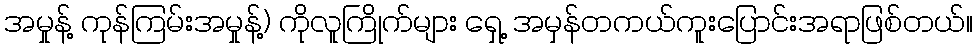
အမှုန့် ကုန်ကြမ်းအမှုန့်) ကိုလူကြိုက်များ ရှေ့ အမှန်တကယ်ကူးပြောင်းအရာဖြစ်တယ်။